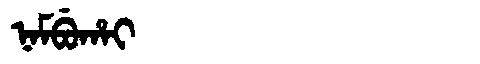
Manchu: ᠨᠠᠮᠪᡠᡥᠠᡳ
Romanization: NAMBUHAI